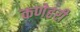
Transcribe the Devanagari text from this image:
कणेहरी